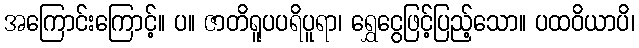
အကြောင်းကြောင့်။ ပ။ ဇာတိရူပပရိပူရာ၊ ရွှေငွေဖြင့်ပြည့်သော။ ပထဝိယာပိ၊